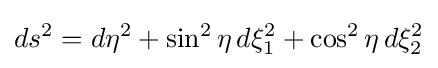
ds^{2}=d\eta ^{2}+\sin ^{2}\eta \,d\xi _{1}^{2}+\cos ^{2}\eta \,d\xi _{2}^{2}